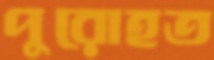
পুরোহত